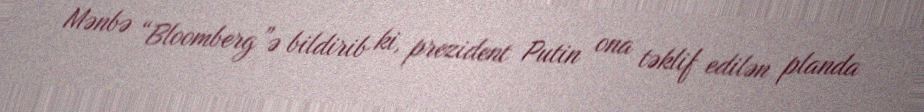
Mənbə “Bloomberg”ə bildirib ki, prezident Putin ona təklif edilən planda